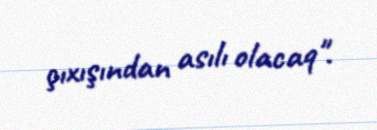
çıxışından asılı olacaq".